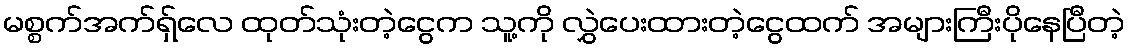
မစ္စက်အက်ရှ်လေ ထုတ်သုံးတဲ့ငွေက သူ့ကို လွှဲပေးထားတဲ့ငွေထက် အများကြီးပိုနေပြီတဲ့